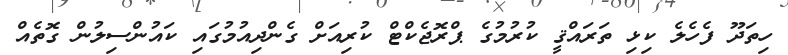
ހިތަދޫ ފެހެލެ ކިޅި ތަރައްޤީ ކުރުމުގެ ޕްރޮޖެކްޓް ކުރިއަށް ގެންދިއުމުގައި ކައުންސިލުން ގޮތެއް